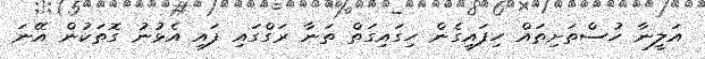
އަލީނާ ހުސްތަށިތައް ހިފައިގެން ހިގައިގަތް ތަނާ ރަގްގައި ފައި އެޅުނު ގޮތަކުން އޭނަ